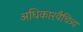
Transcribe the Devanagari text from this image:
अधिकारवैचित्र्य